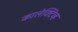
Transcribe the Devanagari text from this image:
कालेक्टिव्ह